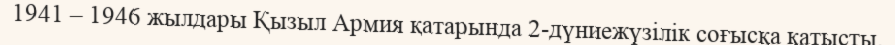
1941 – 1946 жылдары Қызыл Армия қатарында 2-дүниежүзілік соғысқа қатысты.